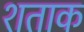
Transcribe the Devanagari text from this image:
शताक